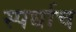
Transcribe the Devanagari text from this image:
स्पर्धाच